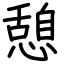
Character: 憩